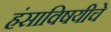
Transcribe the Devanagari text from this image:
हंसाविषयीचे